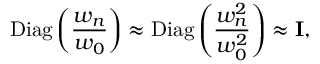
\mathrm { D i a g } \left( \frac { w _ { n } } { w _ { 0 } } \right) \approx \mathrm { D i a g } \left( \frac { w _ { n } ^ { 2 } } { w _ { 0 } ^ { 2 } } \right) \approx { \bf I } ,